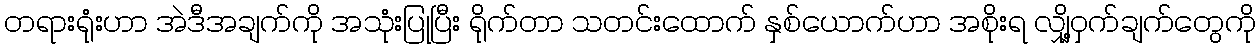
တရားရုံးဟာ အဲဒီအချက်ကို အသုံးပြုပြီး ရိုက်တာ သတင်းထောက် နှစ်ယောက်ဟာ အစိုးရ လျှို့ဝှက်ချက်တွေကို